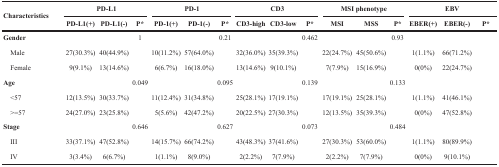
<table><thead><tr><td rowspan="2"><b>Characteristics</b></td><td colspan="3"><b>PD-L1</b></td><td colspan="3"><b>PD-1</b></td><td colspan="3"><b>CD3</b></td><td colspan="3"><b>MSI phenotype</b></td><td colspan="3"><b>EBV</b></td></tr><tr><td><b>PD-L1(+)</b></td><td><b>PD-L1(−)</b></td><td><b>P*</b></td><td><b>PD-1(+)</b></td><td><b>PD-1(−)</b></td><td><b>P*</b></td><td><b>CD3-high</b></td><td><b>CD3-low</b></td><td><b>P*</b></td><td><b>MSI</b></td><td><b>MSS</b></td><td><b>P*</b></td><td><b>EBER(+)</b></td><td><b>EBER(−)</b></td><td><b>P*</b></td></tr></thead><tbody><tr><td><b>Gender</b></td><td colspan="2"></td><td>1</td><td colspan="2"></td><td>0.21</td><td colspan="2"></td><td>0.462</td><td colspan="2"></td><td>0.93</td><td></td><td></td><td></td></tr><tr><td> Male</td><td>27(30.3%)</td><td>40(44.9%)</td><td></td><td>10(11.2%)</td><td>57(64.0%)</td><td></td><td>32(36.0%)</td><td>35(39.3%)</td><td></td><td>22(24.7%)</td><td>45(50.6%)</td><td></td><td>1(1.1%)</td><td>66(71.2%)</td><td></td></tr><tr><td> Female</td><td>9(9.1%)</td><td>13(14.6%)</td><td></td><td>6(6.7%)</td><td>16(18.0%)</td><td></td><td>13(14.6%)</td><td>9(10.1%)</td><td></td><td>7(7.9%)</td><td>15(16.9%)</td><td></td><td>0(0%)</td><td>22(24.7%)</td><td></td></tr><tr><td><b>Age</b></td><td colspan="2"></td><td>0.049</td><td colspan="2"></td><td>0.095</td><td colspan="2"></td><td>0.139</td><td colspan="2"></td><td>0.133</td><td></td><td></td><td></td></tr><tr><td> &lt;57</td><td>12(13.5%)</td><td>30(33.7%)</td><td></td><td>11(12.4%)</td><td>31(34.8%)</td><td></td><td>25(28.1%)</td><td>17(19.1%)</td><td></td><td>17(19.1%)</td><td>25(28.1%)</td><td></td><td>1(1.1%)</td><td>41(46.1%)</td><td></td></tr><tr><td> &gt;=57</td><td>24(27.0%)</td><td>23(25.8%)</td><td></td><td>5(5.6%)</td><td>42(47.2%)</td><td></td><td>20(22.5%)</td><td>27(30.3%)</td><td></td><td>12(13.5%)</td><td>35(39.3%)</td><td></td><td>0(0%)</td><td>47(52.8%)</td><td></td></tr><tr><td><b>Stage</b></td><td colspan="2"></td><td>0.646</td><td colspan="2"></td><td>0.627</td><td colspan="2"></td><td>0.073</td><td colspan="2"></td><td>0.484</td><td></td><td></td><td></td></tr><tr><td> III</td><td>33(37.1%)</td><td>47(52.8%)</td><td></td><td>14(15.7%)</td><td>66(74.2%)</td><td></td><td>43(48.3%)</td><td>37(41.6%)</td><td></td><td>27(30.3%)</td><td>53(60.0%)</td><td></td><td>1(1.1%)</td><td>80 (89.9%)</td><td></td></tr><tr><td> IV</td><td>3(3.4%)</td><td>6(6.7%)</td><td></td><td>1(1.1%)</td><td>8(9.0%)</td><td></td><td>2(2.2%)</td><td>7(7.9%)</td><td></td><td>2(2.2%)</td><td>7(7.9%)</td><td></td><td>0(0%)</td><td>9 (10.1%)</td><td></td></tr></tbody></table>